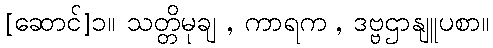
[ဆောင်]၁။ သတ္တိမုချ , ကာရက , ဒဗ္ဗဌာနျူပစာ။